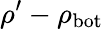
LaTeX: \rho^{\prime}-\rho_{\mathrm{bot}}